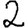
Digit: 2